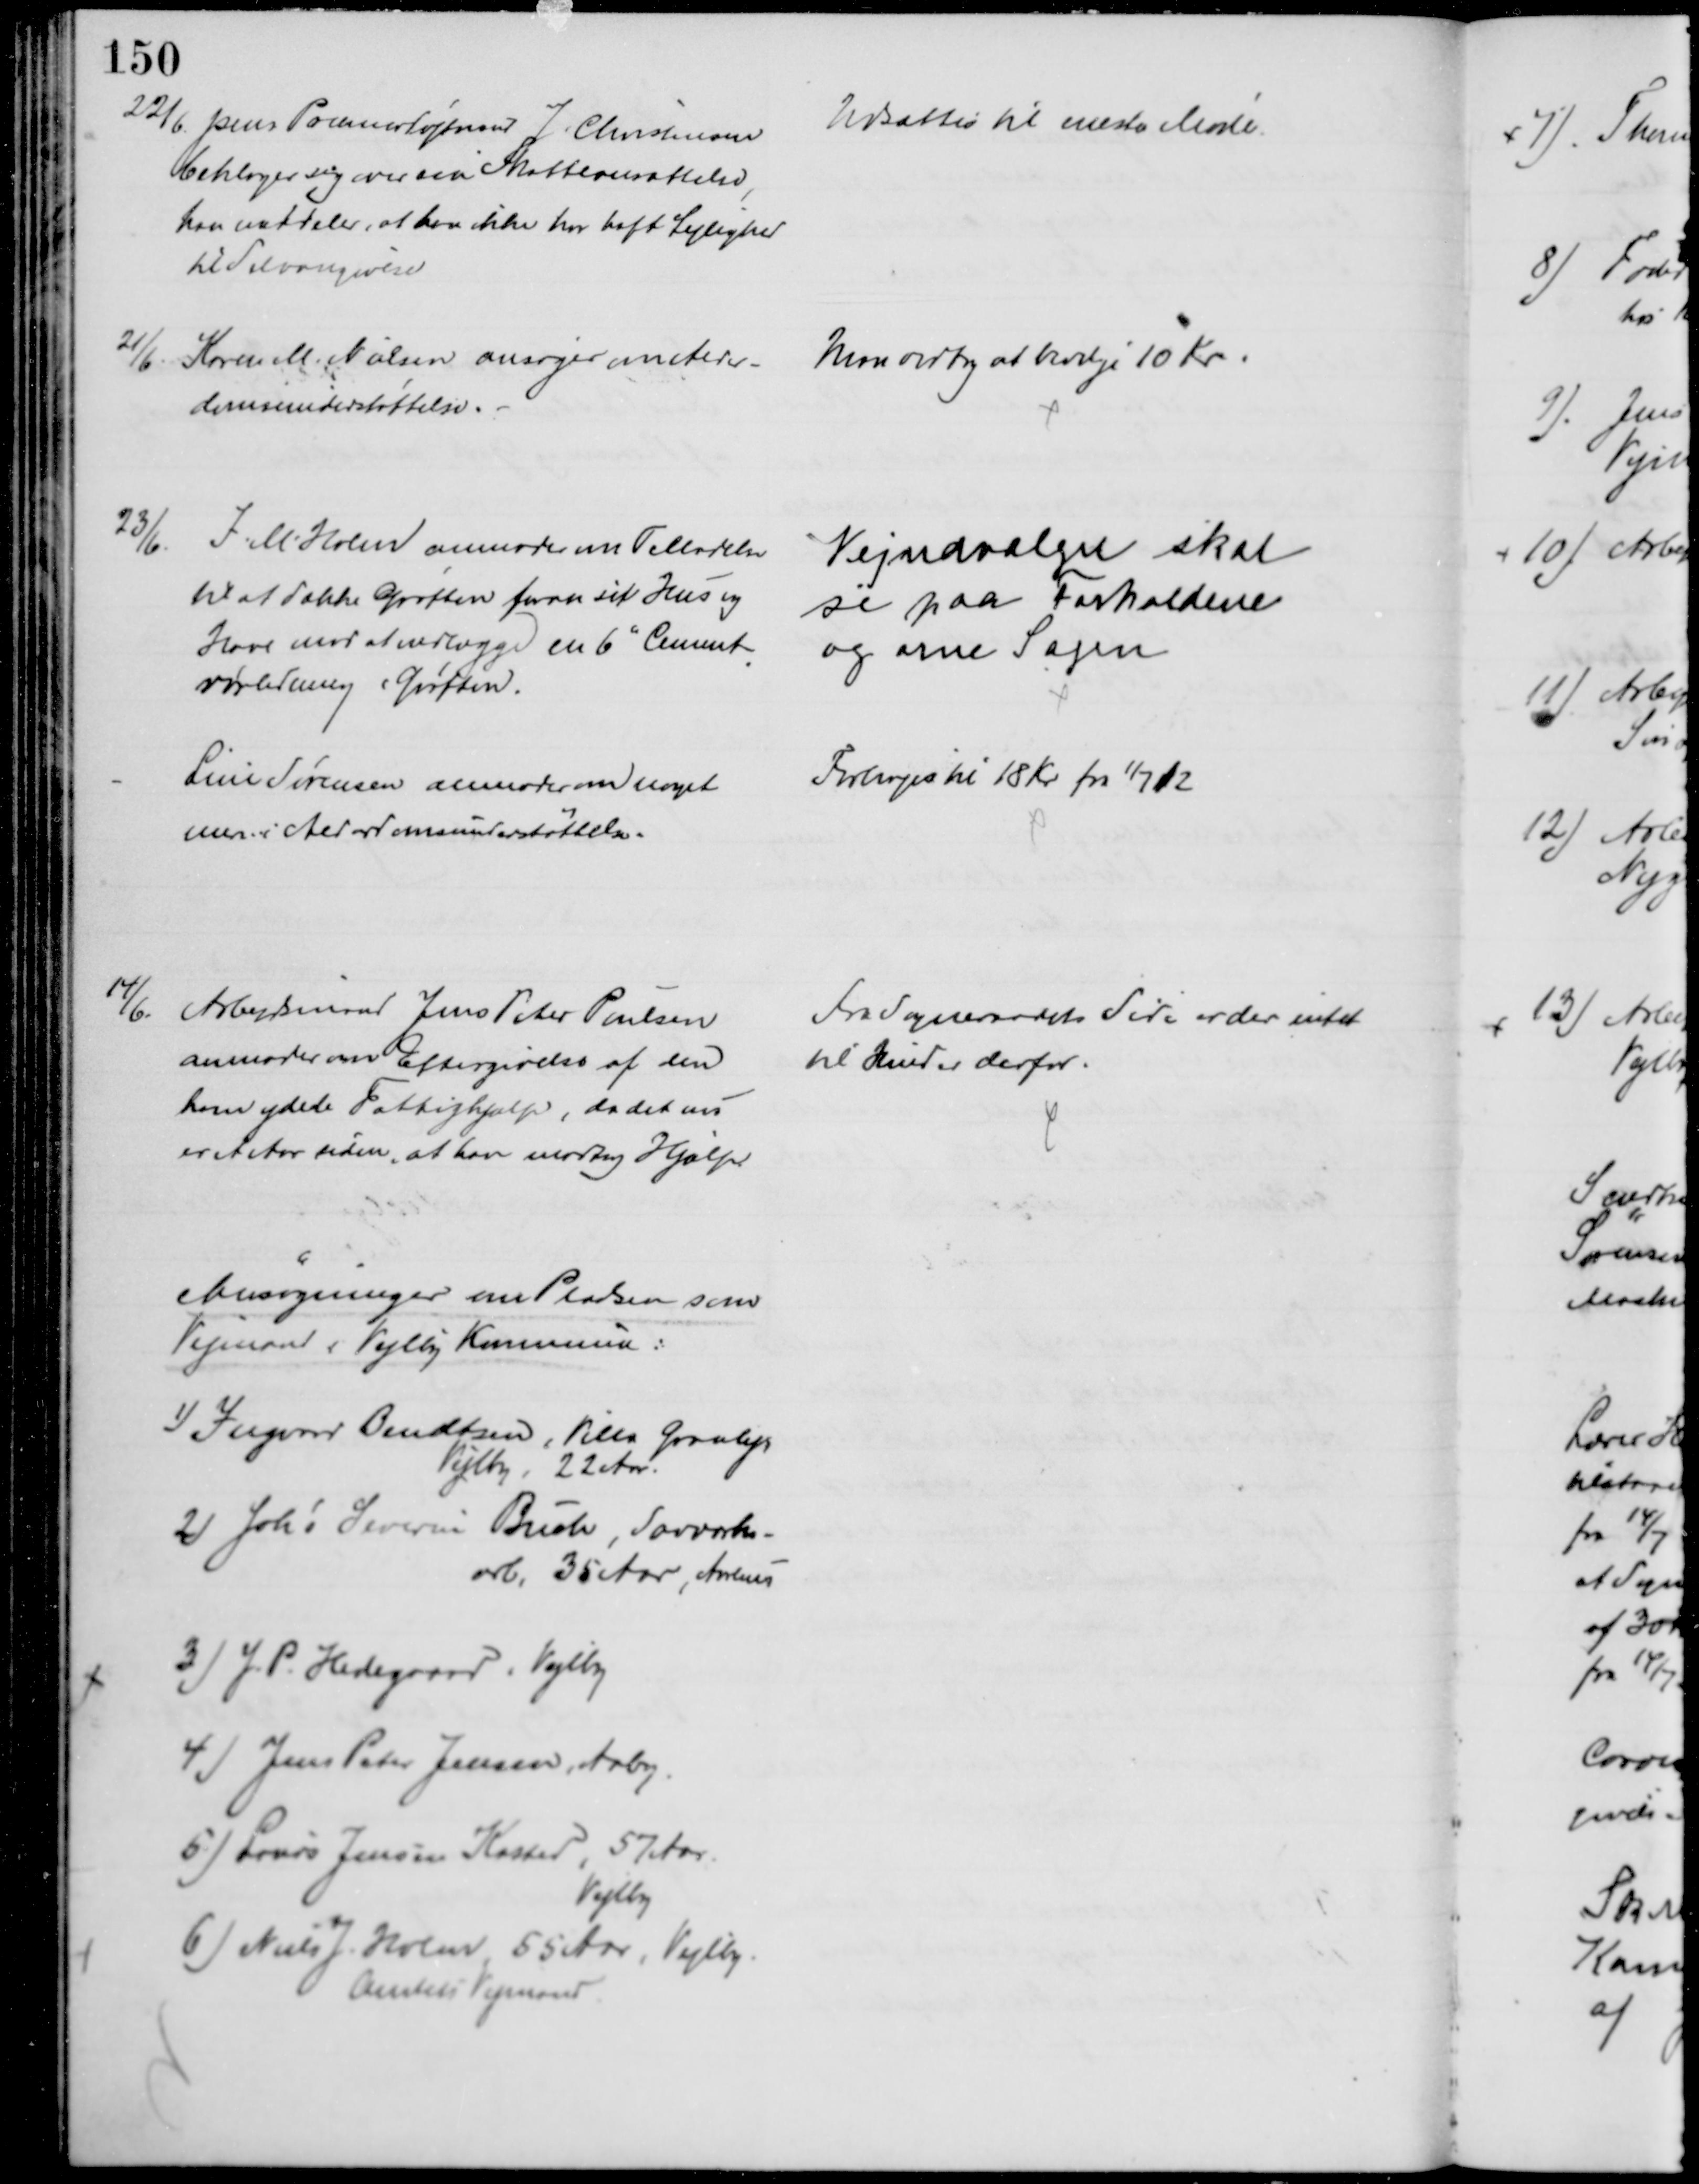
Transskription:
22/6 pens Premierløjtnant J. Christensen
beklager sig over sin Skatteansættelse,
han meddeler, at han ikke har haft Lejlighed
til Selvangivelse
Udsattes til næste Møde.
21/6.
Karen M. Nielsen ansøger om Alder-
domsunderstøttelse.
Man vedtog at bevilge 10 Kr.
23/6.
J. M. Holm anmoder om Tilladelse
til at dække Grøften foran sit Hus og
Have mod at nedlægge en 6" Cement
-
rørledning i Grøften.
Vejudvalget skal
se paa Forholdene
og orne Sagen
Line Sørensen anmoder om noget
mere i Alderdomsunderstøttelse.
Forhøjes til 18 Kr fra 1/7 12
14/6. 
Arbejdsmand Jens Peter Poulsen
anmoder om Eftergivelse af den
ham ydede Fattighjælp, da det nu
er et Aar siden, at han modtog Hjælp
Fra Sogneraadets Side er der intet
til Hinder derfor.
Ansøgninger om Pladsen som
Vejmand i Vejlby Kommune:
I) Ingvar Bendtsen, Villa Granly
Vejlby. 22 Aar.
2 Johs. Severin Buch Savværks-
arb, 35 Aar, Aarhus
3) J. P. Hedegaard, Vejlby
4) Jens Peter Jensen, Aaby.
5) Laurs Jensen Kasted, 57 Aar.
Vejlby
6) Niels J. Holm, 55 Aar, Vejlby.
Amtets Vejmand